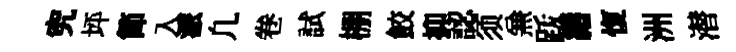
究坪節入派凢卷試棚鮫抑認须𠔥䟦緡愎洲潜